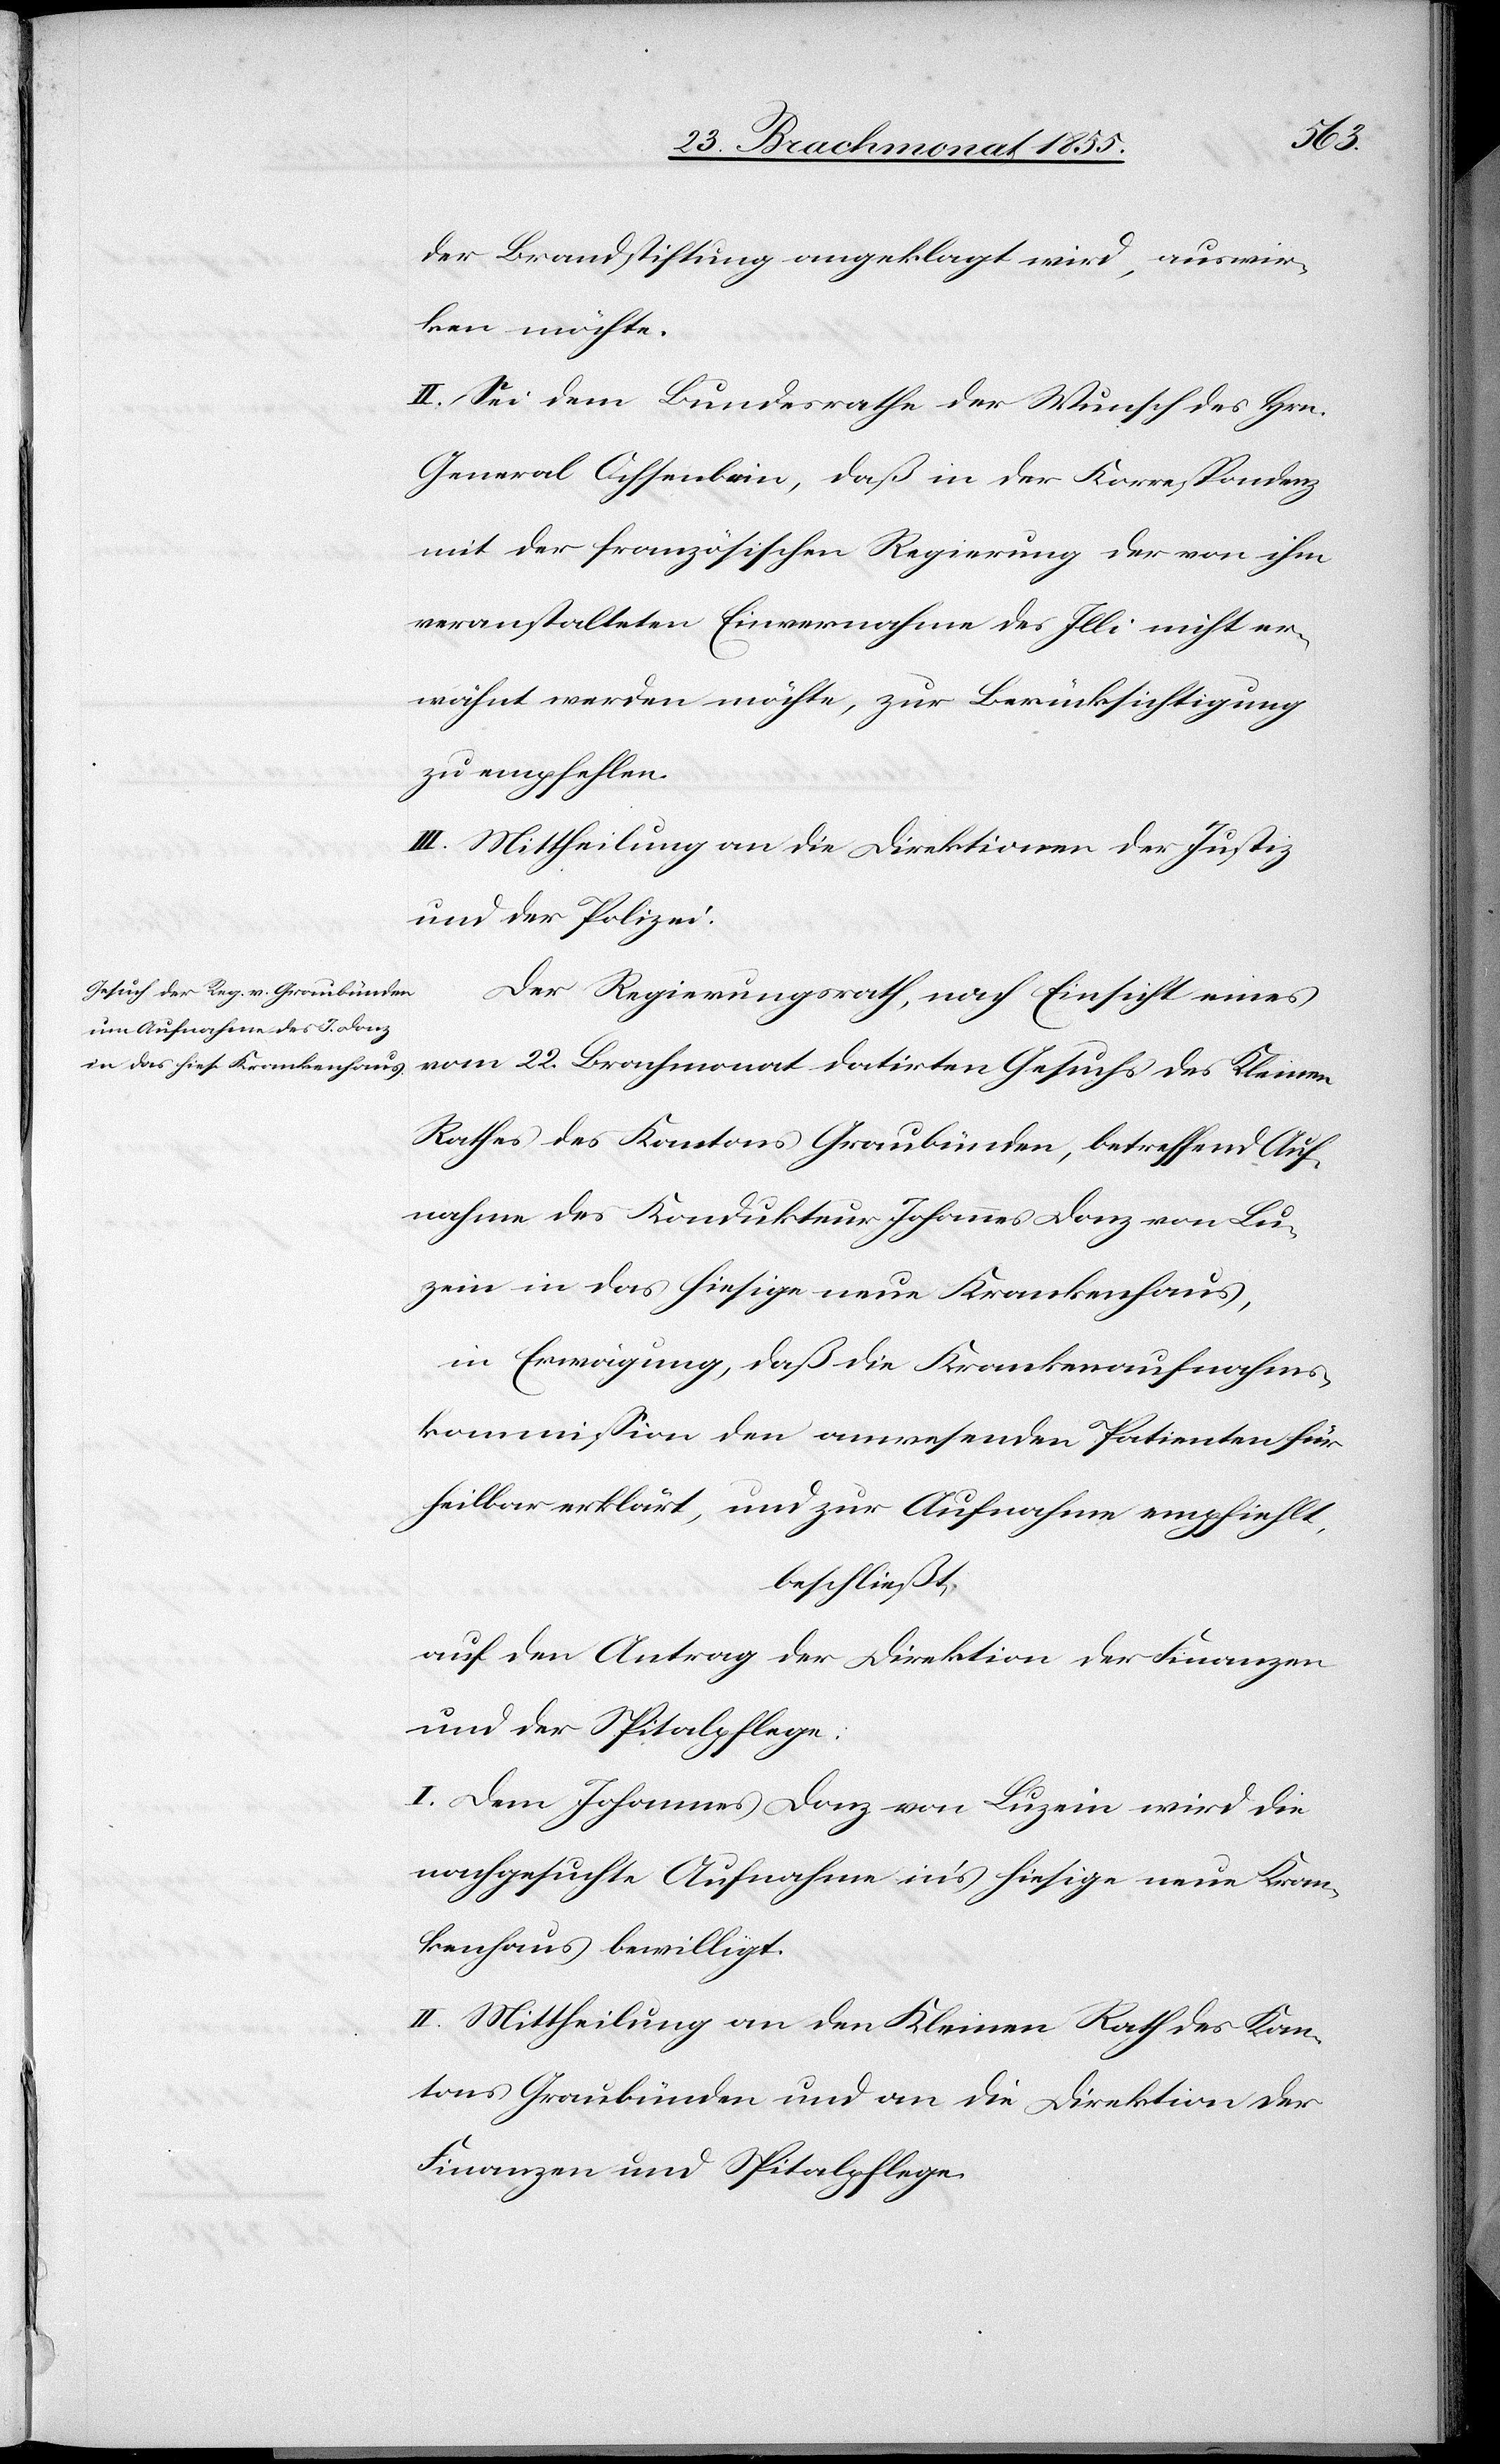
28 Brachmonat 1855.]
der Brandstiftung angeklagt wird, auswir¬
ken möchte.
II. Sei dem Bundesrathe der Wunsch des Hrn.
General Ochsenbein, daß in der Korrespondenz
mit der französischen Regierung der von ihm
veranstalteten Einvernahme des Illi nicht er¬
wähnt werden möchte, zur Berücksichtigung
zu empfehlen.
III. Mittheilung an die Direktionen der Justiz
und der Polizei.
Der Regierungsrath, nach Einsicht eines
vom 22. Brachmonat datirten Gesuchs des Kleinen
Rathes des Kantons Graubünden, betreffend Auf¬
nahme des Kondukteur Johannes Donz von Lu¬
zein in das hiesige neue Krankenhaus,
in Erwägung, daß die Krankenaufnahms¬
kommission den anwesenden Patienten für
heilbar erklärt, und zur Aufnahme empfiehlt,
beschließt,
auf den Antrag der Direktion der Finanzen
und der Spitalpflege:
I. Dem Johannes Donz von Luzein wird die
nachgesuchte Aufnahme in’s hiesige neue Kran¬
kenhaus bewilligt.
II. Mittheilung an den Kleinen Rath des Kan¬
tons Graubünden und an die Direktion der
Finanzen und Spitalpflege.